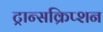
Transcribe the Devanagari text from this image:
ट्रान्सक्रिप्शन